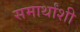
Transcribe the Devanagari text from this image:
समार्थांशी